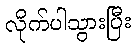
လိုက်ပါသွားပြီး